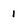
Character: i